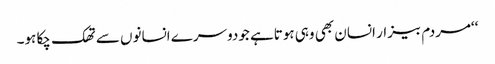
‘‘مردم بیزار انسان بھی وہی ہوتاہے جودوسرے انسانوں سے تھک چکا ہو۔